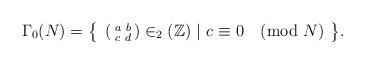
LaTeX: \begin{align*}\Gamma_{0}(N) & = \bigl\{~\left(\begin{smallmatrix} a & b \\ c & d \end{smallmatrix}\right)\in_{2}(\mathbb{Z})~ | ~ c\equiv 0 \pmod{N} ~\bigr\}. \end{align*}